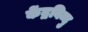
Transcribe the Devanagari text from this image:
केंद्रबिन्दु